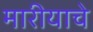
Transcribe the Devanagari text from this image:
मारीयाचे